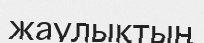
жаулықтың